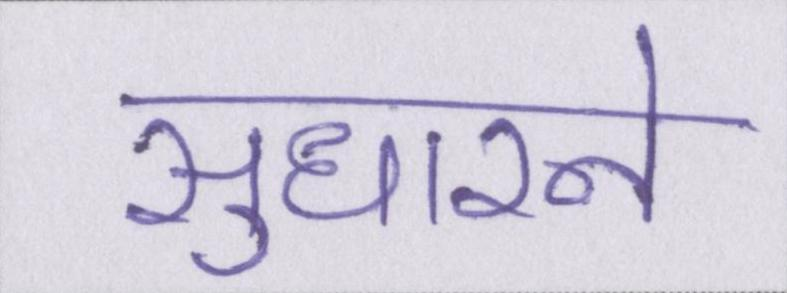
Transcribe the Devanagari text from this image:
सुधारने